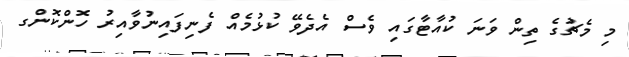
މި މެޗުގެ ތިން ވަނަ ކުއާޓާގައި ވެސް އެދެވޭ ކުޅުމެއް ފެނިފައިނުވާއިރު ހޮންކޮންގ